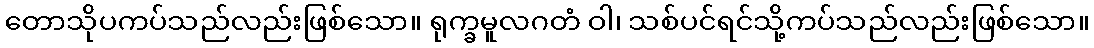
တောသိုပကပ်သည်လည်းဖြစ်သော။ ရုက္ခမူလဂတံ ဝါ၊ သစ်ပင်ရင်သို့ကပ်သည်လည်းဖြစ်သော။